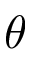
\theta